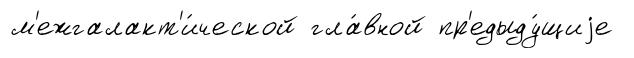
м'ежгалакт'и́ческой гла́вной пр'едыду́щиjе